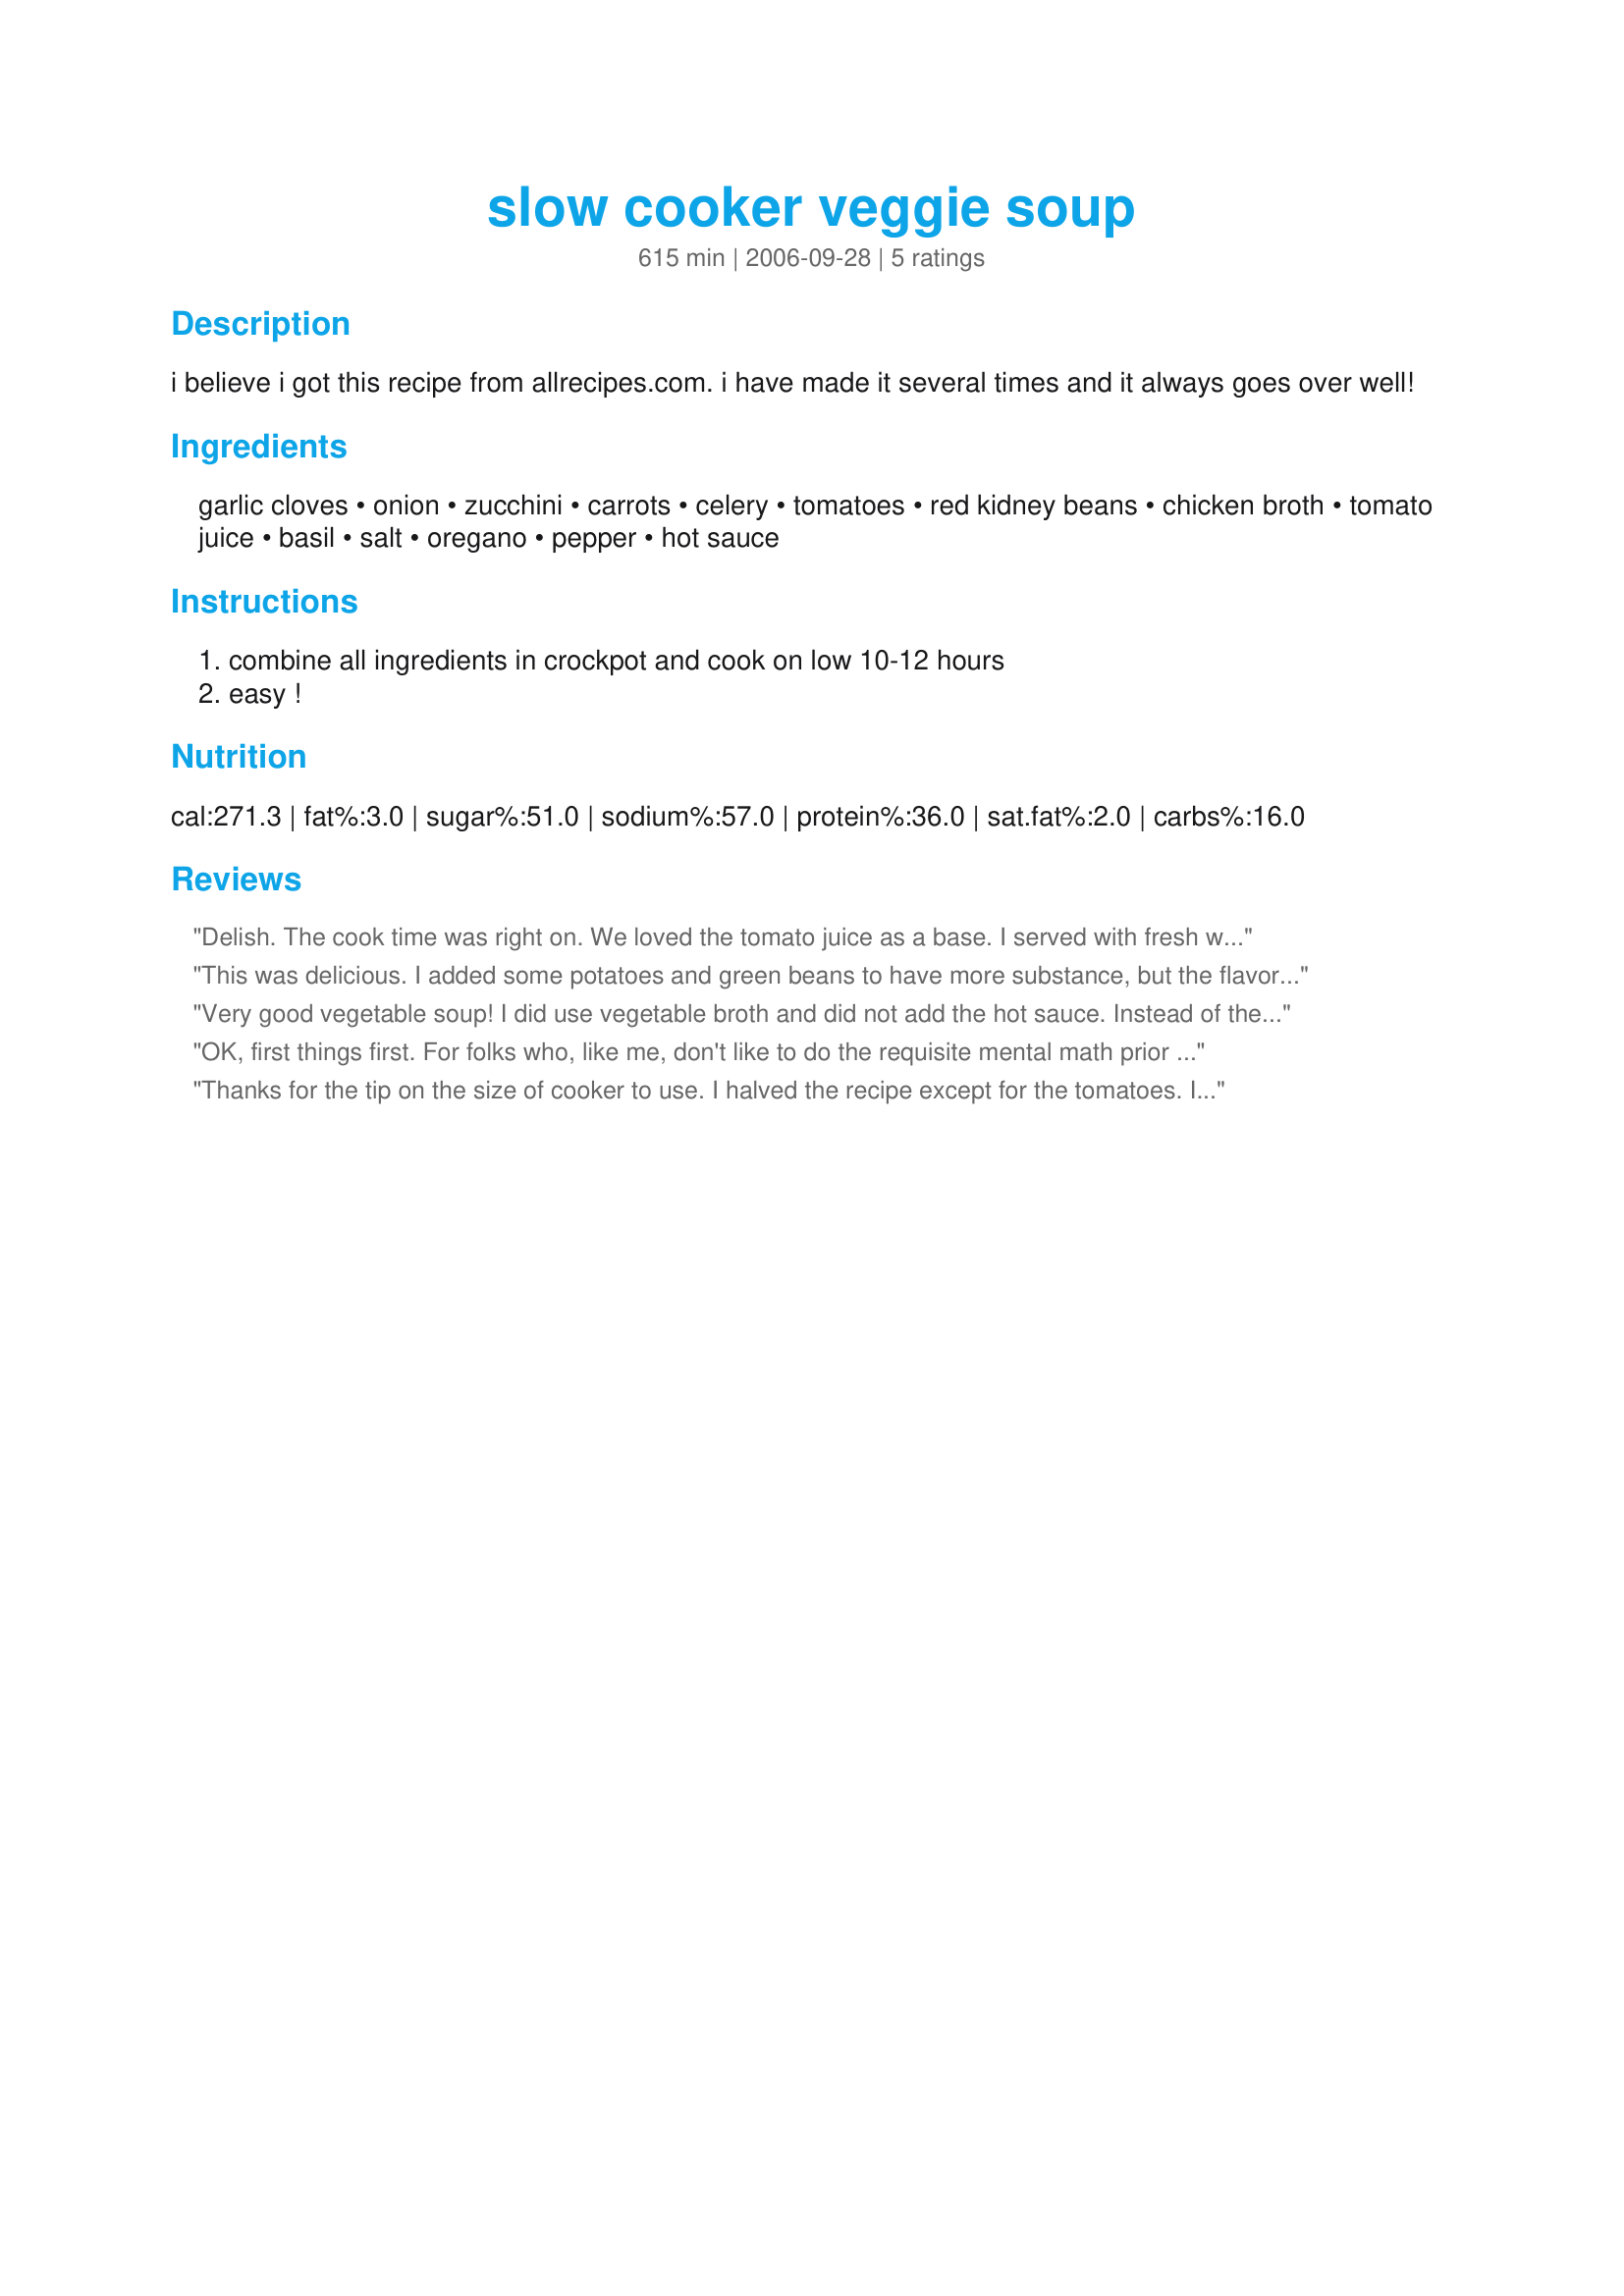
slow cooker veggie soup
Preparation time: 615 minutes

i believe i got this recipe from allrecipes.com. i have made it several times and it always goes over well!

Ingredients:
garlic cloves, onion, zucchini, carrots, celery, tomatoes, red kidney beans, chicken broth, tomato juice, basil, salt, oregano, pepper, hot sauce

Steps:
combine all ingredients in crockpot and cook on low 10-12 hours, easy !

Reviews:
Delish. The cook time was right on. We loved the tomato juice as a base. I served with fresh whole grain bread and a green salad for a light dinner. Thanks for posting.
This was delicious. I added some potatoes and green beans to have more substance, but the flavor was great and it is so easy. Served it with corn bread.
Very good vegetable soup! I did use vegetable broth and did not add the hot sauce. Instead of the two small zucchini I only used one and added some canned cut green beans. Thank you L.and T.mom! (Made and reviewed for Pick A Chef 2007)
OK, first things first. For folks who, like me, don't like to do the requisite mental math prior to cooking, I would like to point out that this recipe is written for a 5+ quart slow cooker. If you have a 3 1/2 or 4 quart cooker (like me), you MUST halve the recipe or it will not fit. That said, we loved this soup. It was so easy and tasty. There were a few too many tomatoes for me, but I think that is because I used the 28 ounce can before I realised that I needed to halve the recipe. I also added some frozen mixed veggies about 15 minutes before eating to add a little more "meat" to the meal. The serving size may be a little off. I am guessing that I made ~2/3 of the recipe after adjusting the liquid to fit in my cooker and we got 8 full soup bowls out of it. The full recipe may make closer to 10 or 12. All in all, a fabulous soup recipe. I will definitely be making it again before the end of Lent!
Thanks for the tip on the size of cooker to use. I halved the recipe except for the tomatoes. I used a whole 28 oz can. I also added 1/3 c pearl barley. Those are the only changes I made. This was AWESOME!! DH even liked it although he picked out the zucchini and added turkey meatballs to his portion. This will be a fall staple in our kitchen. Thanks for posting.
